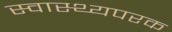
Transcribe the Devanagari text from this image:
स्वास्थ्यपरक